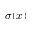
\sigma ( x )